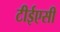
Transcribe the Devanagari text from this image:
टीईएसी